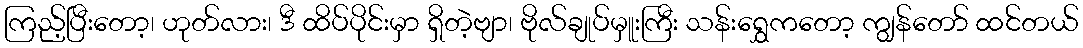
ကြည့်ပြီးတော့၊ ဟုတ်လား၊ ဒီ ထိပ်ပိုင်းမှာ ရှိတဲ့ဗျာ၊ ဗိုလ်ချုပ်မှူးကြီး သန်းရွှေကတော့ ကျွန်တော် ထင်တယ်